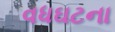
વધઘટના